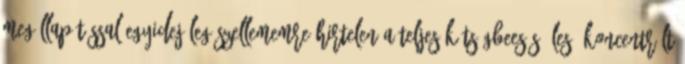
megállapítással egyidejűleg szellememre hirtelen a teljes kétségbeesés éles, koncentrált